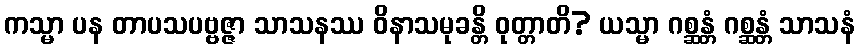
ကသ္မာ ပန တာပသပဗ္ဗဇ္ဇာ သာသနဿ ဝိနာသမုခန္တိ ဝုတ္တာတိ? ယသ္မာ ဂစ္ဆန္တံ ဂစ္ဆန္တံ သာသနံ